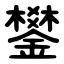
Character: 鐢